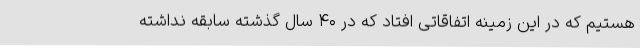
هستیم که در این زمینه اتفاقاتی افتاد که در ۴۰ سال گذشته سابقه نداشته